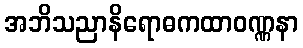
အဘိသညာနိရောဓကထာဝဏ္ဏနာ